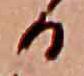
る